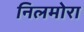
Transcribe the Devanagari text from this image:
निलमोरा